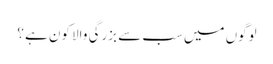
لوگوں میں سب سے بزرگی والا کون ہے ؟